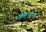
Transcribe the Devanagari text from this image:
कोंडद